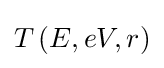
T\left(E,eV,r\right)